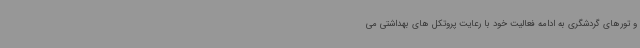
و تورهای گردشگری به ادامه فعالیت خود با رعایت پروتکل های بهداشتی می